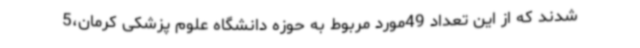
شدند که از این تعداد 49مورد مربوط به حوزه دانشگاه علوم پزشکی کرمان،5